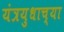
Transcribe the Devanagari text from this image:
यंत्रयुधाच्या